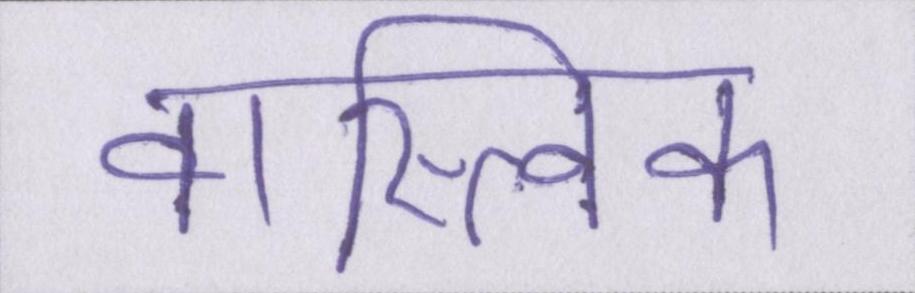
वास्त्विक